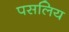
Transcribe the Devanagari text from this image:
पसलिय